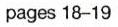
pages 18-19